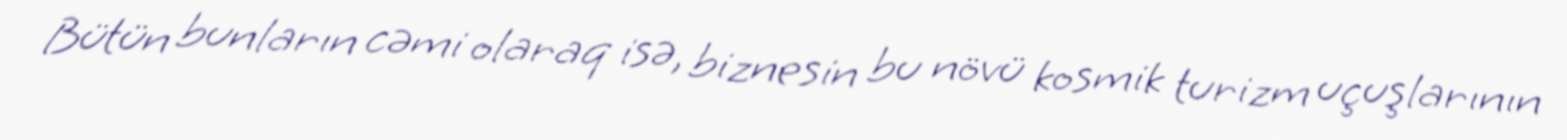
Bütün bunların cəmi olaraq isə, biznesin bu növü kosmik turizm uçuşlarının